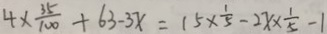
4 \times \frac { 3 5 } { 1 0 0 } + 6 3 - 3 x = 1 5 \times \frac { 1 } { 5 } - 2 x \times \frac { 1 } { 5 } - 1